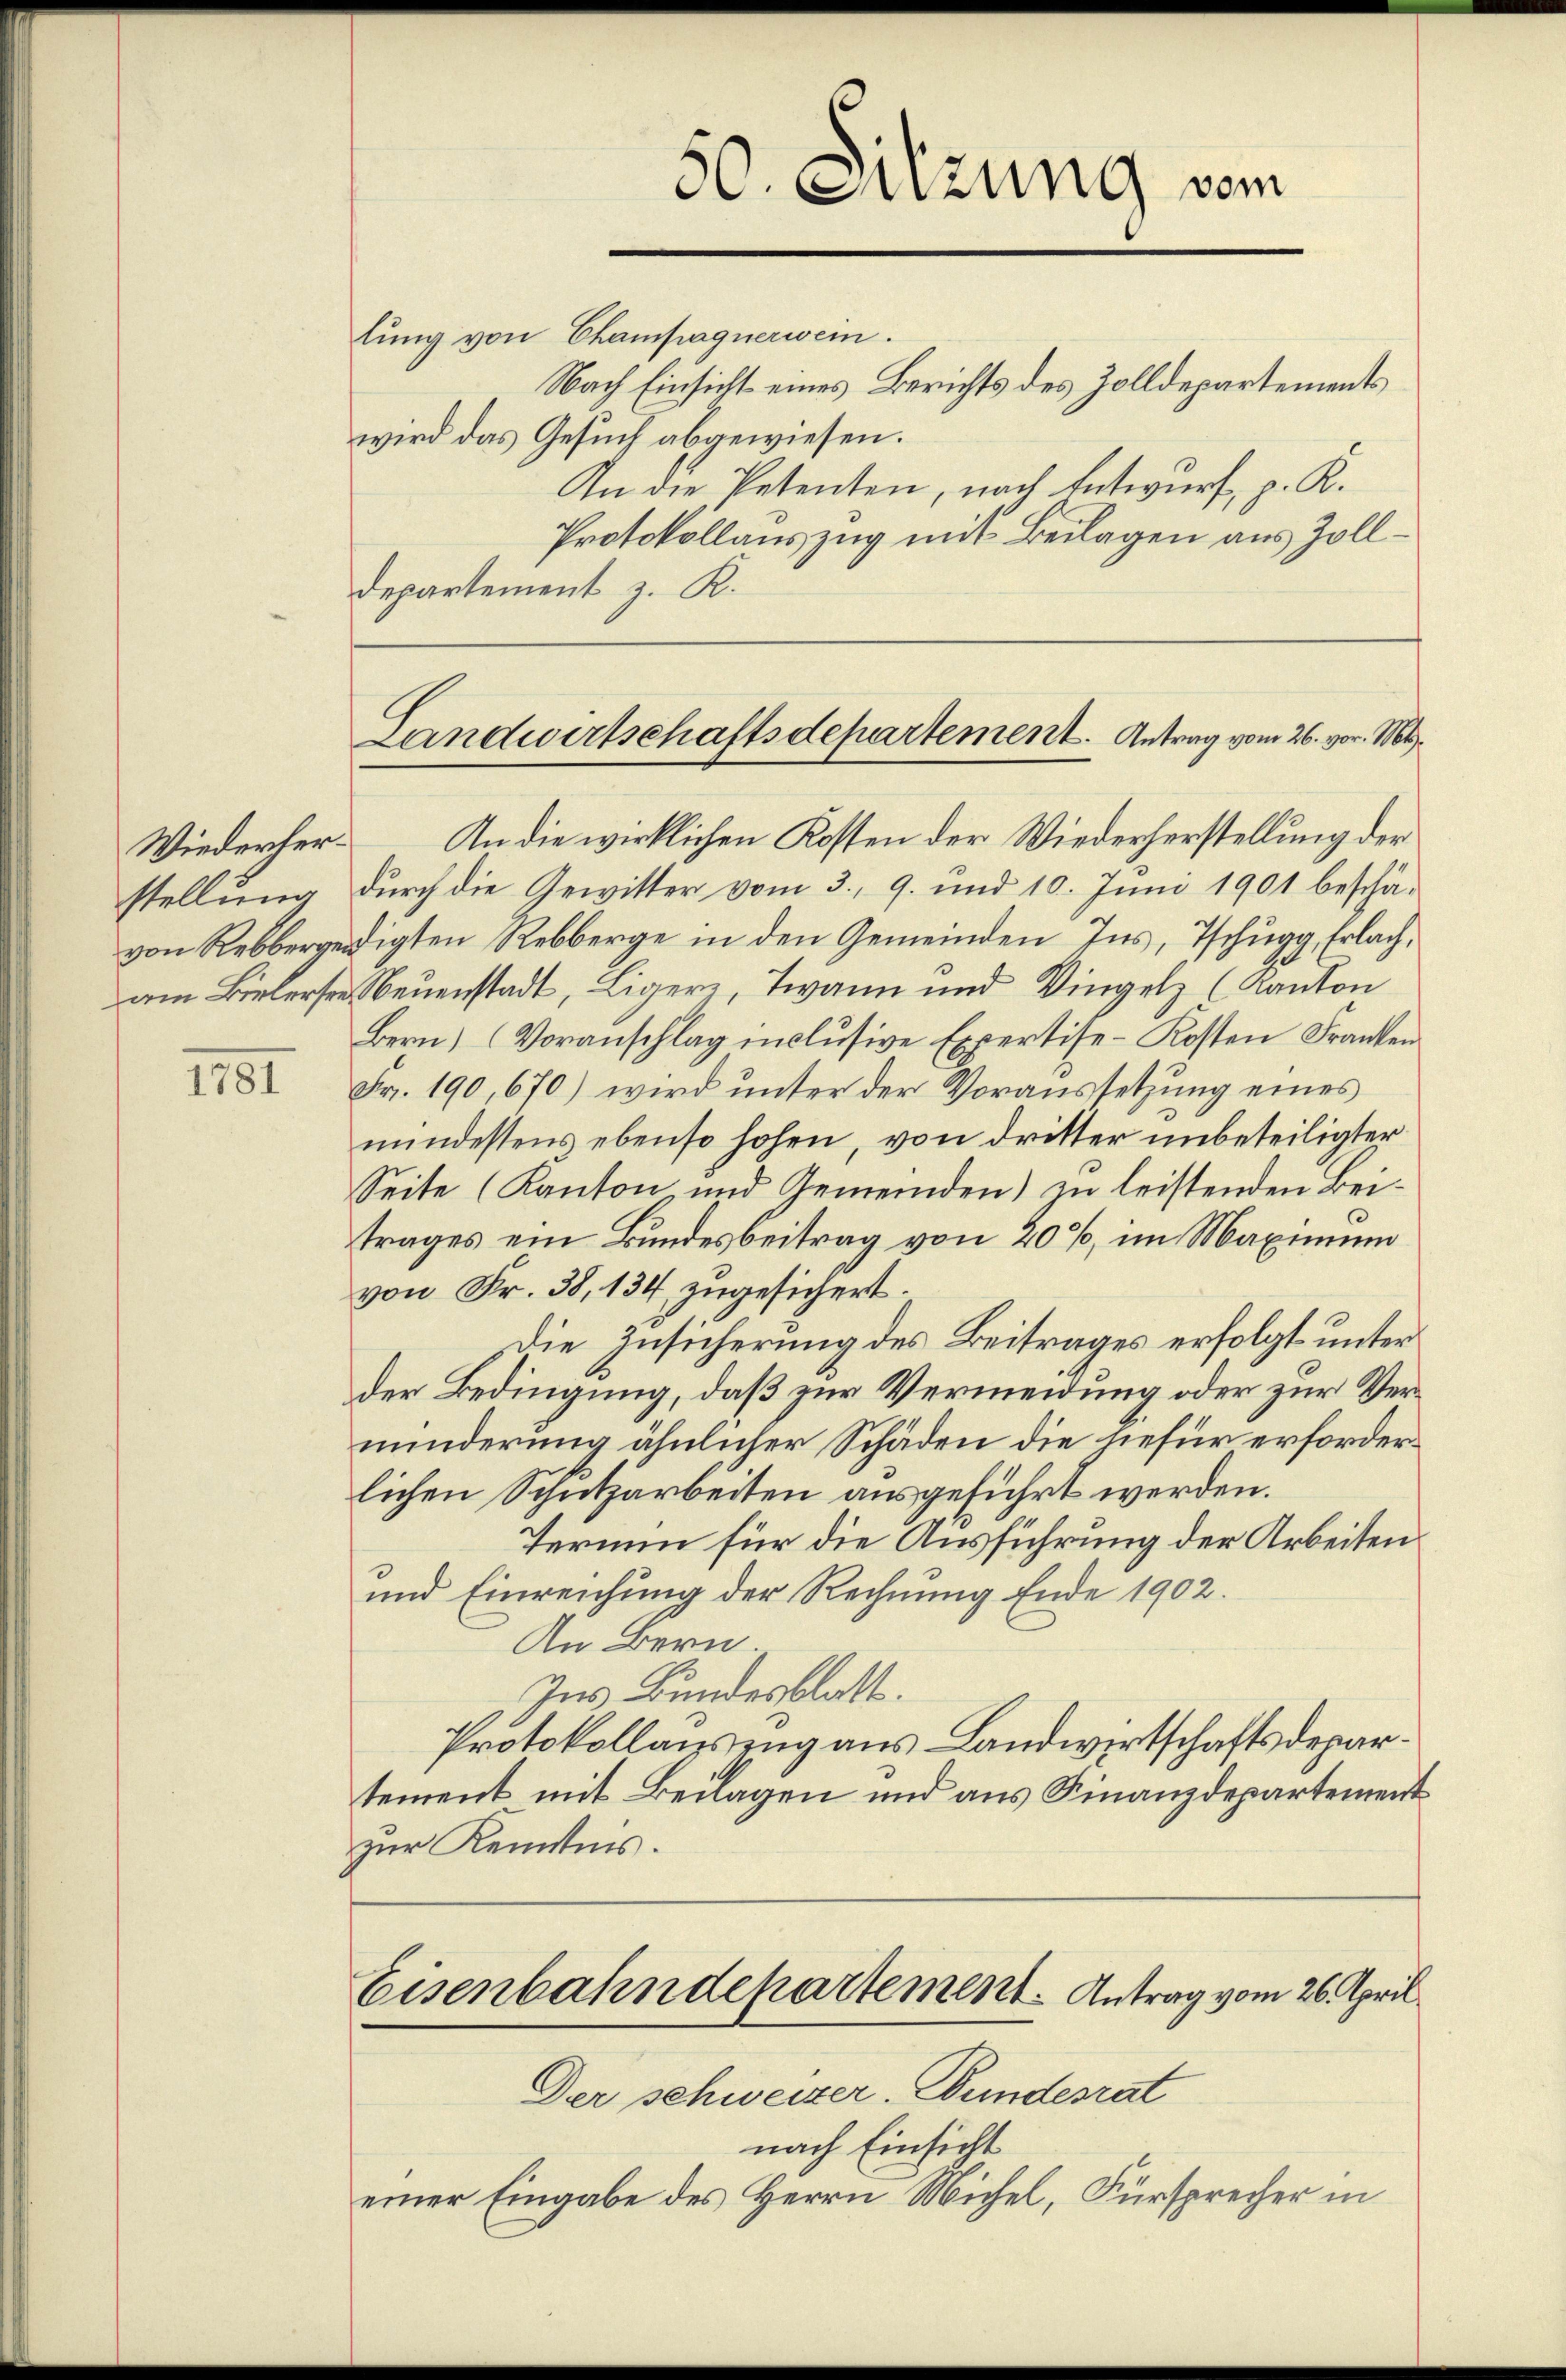
stellung

1191

lung von Champagnerwein.
Nach Einsicht eines Berichts des Zolldepartements
wird das Gesuch abgewiesen.
An die Petenten, nach Entwurf, p. K.
Protokollauszug mit Beilagen aus Zolldepartement z. K.
Wiederher. An die wirklichen Kosten der Wiederherstellung der
durch die Gewitter vom 3., 9. und 10. Juni 1901 beschävon Rebbergeidigten Rebberge in den Gemeinden Ins, Tschugg, Erlach,
am Bielersee Neuenstadt, Liger, Twann und Vingelz (Kanton
Bern, (Voranschlag inclusive Expertise-Kosten Franken
Fr. 190, 670) wird unter der Voraussetzung eines
mindestens ebenso hohen, von dritter unbeteiligter
Seite (Kanton und Gemeinden) zu leistenden Beitrages ein Bundesbeitrag von 20%, im Maximum
von Fr. 38, 134 zugesichert.
Die Zusicherung des Beitrages erfolgt unter
der Bedingung, daß zur Vermeidung oder zur Verminderung ähnlicher Schäden die hiefür erforderlichen Schutzarbeiten ausgeführt werden.
Termin für die Ausführung der Arbeiten.
und Einreichung der Rechnung Ende 1902.
An Bern.
Ins Bundesblatt.
Protokollauszug aus Landwirtschaftsdepartement mit Beilagen und aus Finanzdepartement
zur Kenntnis.
Eisenbahndepartement. Antrag vom 26. April
Der schweizer-Wundesrat
nach Einsicht
einer Eingabe des Herrn Michel, Fürsprecher in

50. Suzung vom

Landwirtschaftsdepartement. Antrag vom 26. vor. Mts.